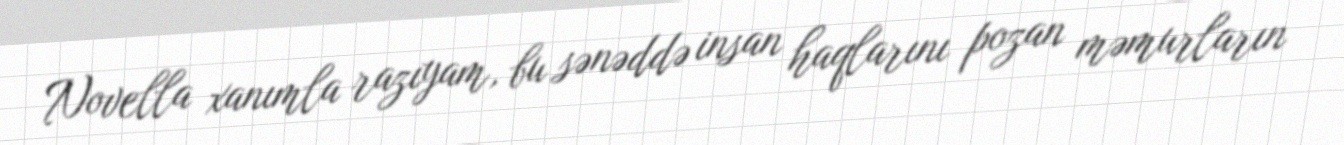
Novella xanımla razıyam, bu sənəddə insan haqlarını pozan məmurların